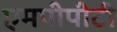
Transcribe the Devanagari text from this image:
एमपीपीटी